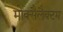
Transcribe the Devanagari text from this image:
मोक्सैलैक्टम